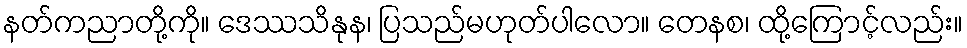
နတ်ကညာတို့ကို။ ဒေဿသိနုန၊ ပြသည်မဟုတ်ပါလော။ တေနစ၊ ထို့ကြောင့်လည်း။